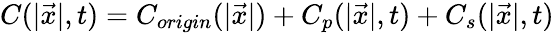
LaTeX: C(|\vec{x}|,t)=C_{origin}(|\vec{x}|)+C_{p}(|\vec{x}|,t)+C_{s}(|\vec{x}|,t)